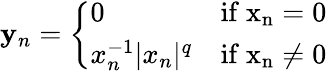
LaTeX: \mathbf{y}_{n}={\left\{ \begin{array}{ll}{0}&{\mathrm{{{if}\ x_{n}=0}}}\\ {x_{n}^{-1}|x_{n}|^{q}}&{\mathrm{{{if}\ x_{n}\not=0}}}\end{array}\right.}